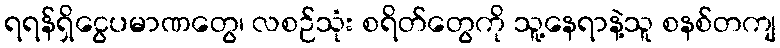
ရရန်ရှိငွေပမာဏတွေ၊ လစဉ်သုံး စရိတ်တွေကို သူ့နေရာနဲ့သူ စနစ်တကျ